Vaccination in Bombay 1869-1873 - 1869-1873
Year: 1869
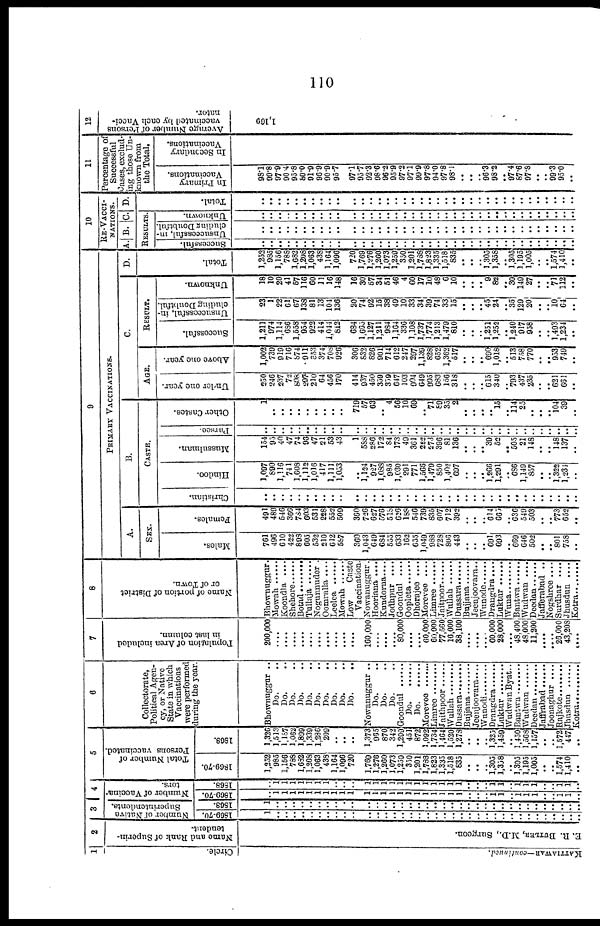
110
1
Circle.
KATTIAWAR—continued.
2
Name and Rank of Superin-
tendent.
E. R. BUTLER, M.D., Surgeon.
3
Number of Native
Superintendents.
1869-70.
1
..
..
..
..
..
..
..
..
..
..
..
..
..
..
..
..
..
..
..
..
..
..
..
..
..
..
..
..
..
..
..
..
.. ..
..
..
1868.
1
..
..
..
..
..
..
..
..
..
..
..
..
..
..
..
..
..
.. ..
..
..
..
..
.. ..
..
..
..
..
..
..
..
.. ..
..
..
4
Number of Vaccina-
tors.
1869-70.
..
1
1
1
1
1
1
1
1
1
1
1
1
1
1
1
1
1
1
1 1
1
1
..
..
..
1 1
..
1
1
1
..
..
1
1
..
1868.
..
1
1
1
1
1
1
1
..
..
..
1
1
1
1
1
1
1
1
1
1
1
1
..
..
..
1
1
..
1
1
1
..
..
1
1
..
5
Total Number of
Persons vaccinated.
1869-70.
1,252
985
1,156
788
1,682
1,208
1,063
438
1,164
1,096
720
1,769
1,276
1,260
1,073
1,259
350
1,201
1,788
1,823
1,335
1,518
835
..
..
.. 1,305
1,358
.. 1,305
1,195
1,005
..
.. 1,574
1,410
..
1868.
1,326
1,513
1,187
1,062
1,899
1,339
1,286
209
.. ..
..
1,373
965
870
342
1,299
451
872
1,092
1,734
1,164
1,520
1,278
..
..
.. 1,325
1,459
.. 1,450
1,568
1,157
..
.. 1,572
447
..
6
Collectorate,
Political Agen-
cy, or Native
State in which
Vaccinations
were performed
during the year.
Bhownuggur ..
Do. ..
Do. ..
Do. ..
Do. ..
Do. ..
Do. ..
Do. ..
Do. ..
Do. ..
Do. ..
Nowanuggur ..
Do. ..
Do. ..
Do. ..
Goondul
Do.
......
Do.
......
Morevee
Limree
Jaithpoor
Wullah
Dussara
Bujjana
Jeenjoovara....
Wunodi
Drangdra
Luktur
Wudwan Byat..
Bantwa
Wudwan
Deedan
Jaffrabad
Joonaghur ....
Rajkote
Jhusdun
Kotra
7
Population of Area included
in last column.
200,000
....
....
....
....
....
.... ....
....
....
....
160,000
....
....
.... 80,000
....
.... 60,000
60,000
77,560
16,000
38,100
....
....
....
60,000
28,000
....
48,400
48,000
11,200
....
.... 26,000
43,208
....
8
Name of portion of District
or of Town.
Bhownuggur.
Mowah
Koondla ....
Shehore ......
Botad ........
Tullaja
Nogunnuder.
Oomralla.....
Leelea ......
Mowah ......
Low
Caste
Vaccination.
Nowanuggur.
Hooriana ....
Kundorna ....
Jodhpur ....
Goondul ....
Oopleta ......
Dhorajee ....
Morevee ....
Limree
Jaitpoor
Wullah
Dussara
Bujjana
Jeenjoovara..
Wunode
Drangdra....
Luktur
Wuna
Bantwa
Wudwan ....
Deedan
Jafferabad ..
Nogshree ....
Surdhar ....
Jhusdun ....
Kotra
9
PRIMARY VACCINATIONS.
A.
SEX.
Males.
761
496
610
422
898
605
532
210
612
587
360
1,043
649
684
555
633
162
655
1,049
988
728
806
443
..
..
.. 691
693
.. 669
646
502
..
.. 801
758
..
Females.
491
489
546
366
784
603
531
228
552
509
360
726
627
576
518
626
188
546
739
835
607
712
392
.. ..
.. 614
665
.. 636
549
503
..
.. 773
652
..
B.
CASTE.
Christian.
..
..
.. ..
..
..
..
..
..
..
..
..
..
..
..
..
..
..
..
..
..
..
..
..
..
..
..
..
..
..
..
..
..
.. ..
..
..
Hindoo.
1,097
890
1,116
741
1,608
1,112
1,016
417
1,111
1,053
..
1,124 927
1,088
985
1,030
291
771
1,566
1,479
850
1,402
697
..
..
..
1,266
1,291
.. 686
1,149
857
..
.. 1,322
1,234
..
Mussulman.
154
95
40
47
74
98
47
21
53
43
1
588
286
172
84
173
49
361
222
273
396
81
136
..
..
.. 39
52
.. 505
21
148
..
.. 148
137
..
Parsee.
..
..
..
..
..
..
..
..
..
..
..
..
..
..
..
..
..
..
..
.. ..
..
..
..
..
..
..
..
..
..
..
..
..
.. ..
..
..
Other Castes.
1
..
..
..
..
..
..
..
..
..
719
57
63
.. 4
56
10
69
.. 71
89
35
2
..
..
..
.. 15
.. 114
25
..
..
.. 104
39
..
C.
AGE.
Under one year.
250
246
237
72
808
297
210
64
456
170
414
937
450
359
359
647
103
904
649
995
683
156
318
..
..
.. 615
340
.. 793
437
235
..
.. 621
661
..
Above one year.
1,002
739
919
716
874
911
853
374
708
926
306
832
826
901
714
612
247
297
1,139
828
652
1,362
517
..
..
..
690
1,018
.. 513
758
770
..
.. 953
749
..
RESULT.
Successful.
1,211
974
1,114
686
1,558
954
922
414
1,044
812
684
1,665
1,127
1,211
984
1,164
336
1,108
1,737
1,774
1,213
1,479
810
..
..
.. 1,251
1,252
..
1,240
917
958
..
.. 1,493
1,234
..
Unsuccessful, in-
cluding Doubtful.
23
1
22
61
67
138
81
13
104
136
20
74
92
15
38
49
10
33
34 39 74
33
15
..
..
.. 45
24
.. 35
129
20
..
.. 10
64
..
Unknown.
18
10
20
41
57
116
60
11
16
148
16
30
57
34
51
46
4
60
17
10
48
6
10
..
.. ..
9
82
.. 30
149
27
..
.. 71
112
..
D.
Total.
1,252
985
1,156
788
1,682
1,208
1,063
438
1,164
1,096
720
1,769
1,276
1,260
1,073
1,259
350
1,201
1,788
1,823
1,335
1,518
835
..
..
.. 1,305
1,358
.. 1,305
1,195
1,005
..
.. 1,574
1,410
..
10
RE-VACCI-
-------.
A. B. C
RESULTS.
Successful.
..
..
..
..
..
..
..
..
..
..
..
..
..
..
..
..
..
..
..
..
..
..
..
..
..
..
..
..
..
..
..
..
..
.. ..
..
..
Unsuccessful in¬
cluding Doubtful.
..
..
..
..
..
..
..
..
..
..
..
..
..
..
..
..
..
..
..
..
..
.. ..
..
..
..
..
..
..
..
..
..
..
..
..
..
..
Unknown.
..
..
..
..
..
..
..
..
..
..
..
..
..
..
..
..
..
..
..
..
..
..
..
..
..
..
..
..
..
..
..
..
..
.. ..
..
..
D.
Tot al .
..
..
..
..
..
..
..
..
..
..
..
..
..
..
..
..
..
..
..
..
..
..
..
..
..
..
..
..
..
..
..
..
..
.. ..
..
..
11
Percentage of
Successful
Cases, exclud-
ing those Un-
known from
the Total.
In Primary
Vaccinations.
98.1
99.8
97.9
90.4
95.8
80.0
91.9
96.9
90.9
95.7
97.1
95.7
92.3
98.6
96.2
95.9
97.2
97.1
99.9
97.8
94.0
97.8
98.1
..
..
.. 96.3
98.2
.. 97.4
87.6
97.8
..
.. 99.3
95.0
..
In Secondary
Vaccinations.
12
Average Number of Persons
vaccinated by each Vacci¬
nator.
1,169